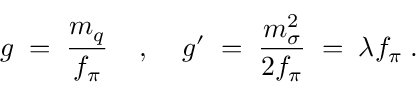
g \; = \; \frac { m _ { q } } { f _ { \pi } } \; \; \; \; , \; \; \; \; g ^ { \prime } \; = \; \frac { m _ { \sigma } ^ { 2 } } { 2 f _ { \pi } } \; = \; \lambda f _ { \pi } \; .